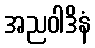
အညဝါဒိနံ